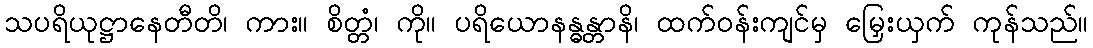
သပရိယုဋ္ဌာနေတီတိ၊ ကား။ စိတ္တံ၊ ကို။ ပရိယောနန္ဓန္တာနိ၊ ထက်ဝန်းကျင်မှ မြှေးယှက် ကုန်သည်။